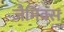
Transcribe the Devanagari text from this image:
जैमिक्स